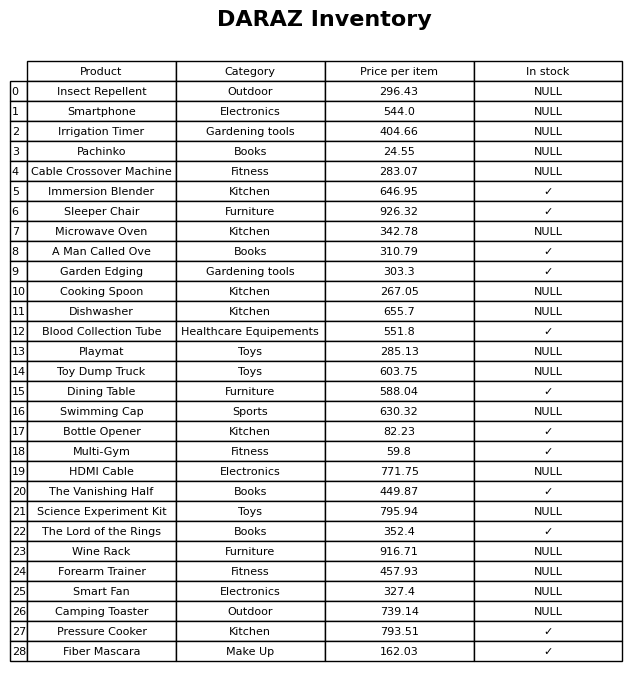
question: What is the price for Garden Edging?
answer: The price of Garden Edging is 303.3.